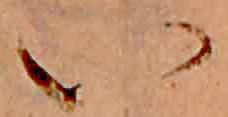
い